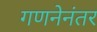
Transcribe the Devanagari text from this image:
गणनेनंतर